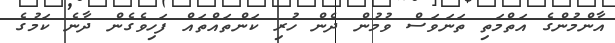
އާންމުންގެ އަތްމަތި ތަނަވަސް ވުމުން ދެން ހުރި ކަންތައްތައް ފަހިވެގެން ދާނެ ކަމުގެ